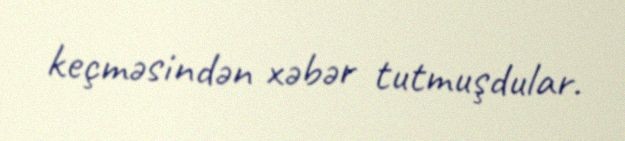
keçməsindən xəbər tutmuşdular.